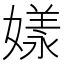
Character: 𡡂